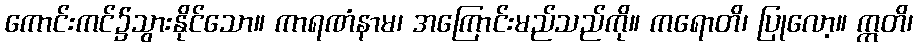
ကောင်းကင်၌သွားနိုင်သော။ ကာရဏံနာမ၊ အကြောင်းမည်သည်ကို။ ကရောတိ၊ ပြုလော့။ ဣတိ၊